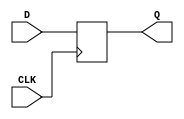
module ff
    (
     input      CLK,
     input      D,
     output reg Q
     );
    always @ (posedge CLK) begin 
	    Q <= #1 D; 
    end
endmodule